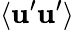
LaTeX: \langle\mathbf{u}^{\prime}\mathbf{u}^{\prime}\rangle